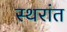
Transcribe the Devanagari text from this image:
स्थरांत